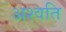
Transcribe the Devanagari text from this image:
अश्वति